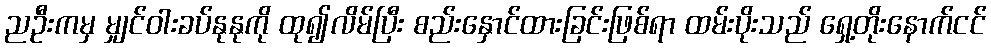
ညဦးကမှ မျှင်ဝါးခပ်နုနုကို ထု၍လိမ်ပြီး စည်းနှောင်ထားခြင်းဖြစ်ရာ ထမ်းပိုးသည် ရှေ့တိုးနောက်ငင်